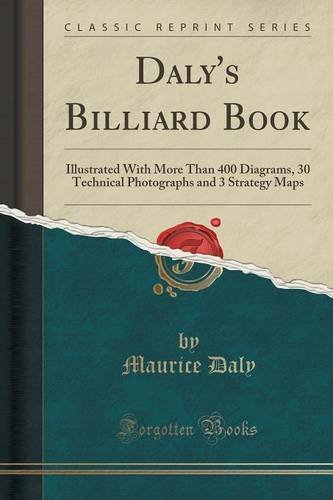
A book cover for Daly's Billiard Book: Illustrated With More Than 400 Diagrams, 30 Technical Photographs and 3 "Strategy" Maps (Classic Reprint); Maurice Daly; Sports & Outdoors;